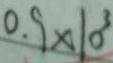
0 . 9 \times 1 0 ^ { 3 }